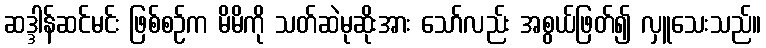
ဆဒ္ဒါန်ဆင်မင်း ဖြစ်စဉ်က မိမိကို သတ်ဆဲမုဆိုးအား သော်လည်း အစွယ်ဖြတ်၍ လှူသေးသည်။